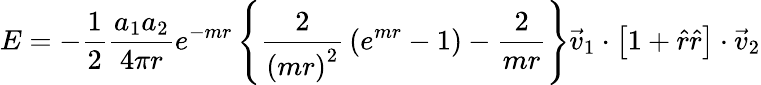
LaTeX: E=-{\frac{1}{2}}{\frac{a_{1}a_{2}}{4\pi r}}e^{-mr}\left\{ {\frac{2}{\left(mr\right)^{2}}}\left(e^{mr}-1\right)-{\frac{2}{mr}}\right\} {\vec{v}}_{1}\cdot\left[1+{\hat{r}}{\hat{r}}\right]\cdot{\vec{v}}_{2}